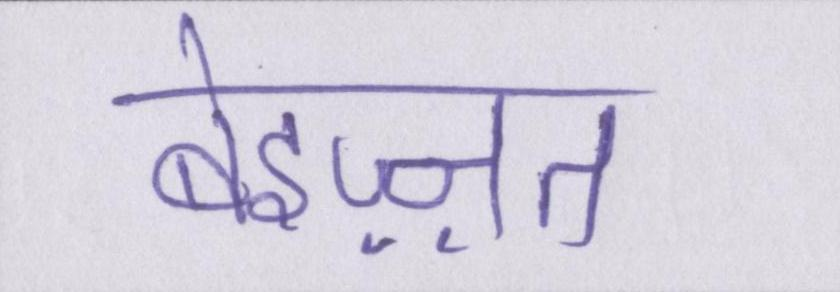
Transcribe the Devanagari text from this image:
बेइज़्ज़त